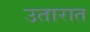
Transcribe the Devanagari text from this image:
उतारात